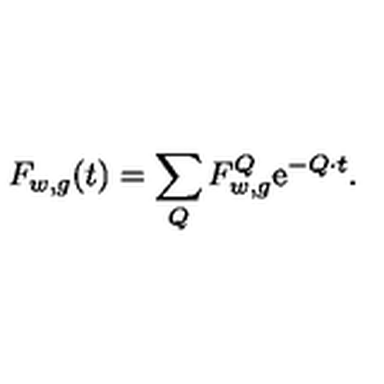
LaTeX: F _ { w , g } ( t ) = \sum _ { Q } F _ { w , g } ^ { Q } \mathrm { e } ^ { - Q \cdot t } .